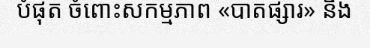
បំផុត ចំពោះសកម្មភាព «បាតផ្សារ» និង